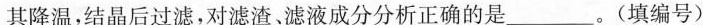
其降温，结晶后过滤，对滤渣滤液成分分析正确的是___。(填编号)